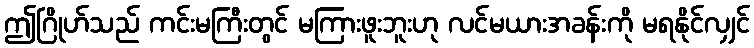
ဤဂြိုဟ်သည် ကင်းမကြီးတွင် မကြားဖူးဘူးဟု လင်မယားအခန်းကို မရနိုင်လျှင်